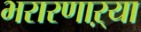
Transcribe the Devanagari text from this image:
भरारणाऱ्या